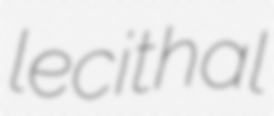
lecithal